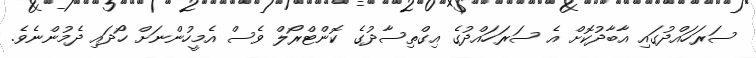
ސަރަހައްދުގައި އާބާދުކޮށް އެ ސަރަހައްދުގެ އިގްތިސާދުގެ ކޮންޓްރޯލް ވެސް އެމީހުންނަށް ހޯދައި ދެމުންނެވެ.